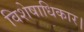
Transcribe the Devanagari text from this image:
विशेषाधिकार।